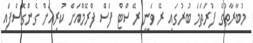
މުބާރާތުގެ ފުރަތަމަ ބުރުގައި ރޭ ވަނީ ރޭސްޓް ފަސް ފްރޭމްއަށް ކުރިއަށް ގެންގޮސްފައި